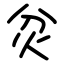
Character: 炃